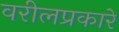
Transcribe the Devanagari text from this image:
वरीलप्रकारे